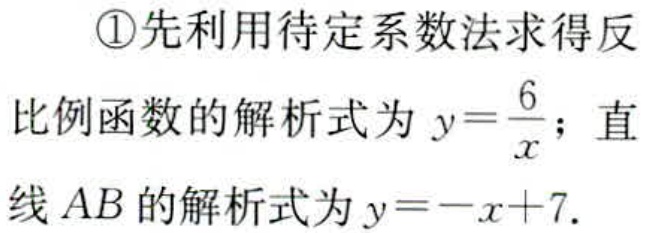
\textcircled{1}先利用待定系数法求得反比例函数的解析式为\(y = \frac{6}{x}\)；直线\(AB\)的解析式为\(y=-x + 7\).